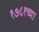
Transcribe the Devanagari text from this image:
१७८१च्या